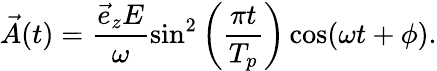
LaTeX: \vec{A}(t)=\frac{\vec{e}_{z}E}{\omega}\sin^{2}\left(\frac{\pi t}{T_{p}}\right)\cos(\omega t+\phi).